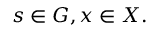
s \in G , x \in X .